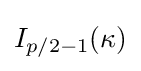
I_{p/2-1}(\kappa )